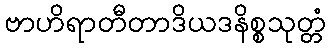
ဗာဟိရာတီတာဒိယဒနိစ္စသုတ္တံ